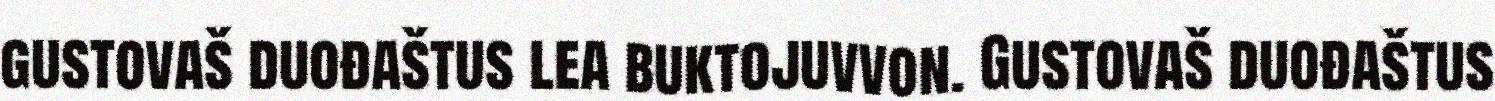
gustovaš duođaštus lea buktojuvvon. Gustovaš duođaštus